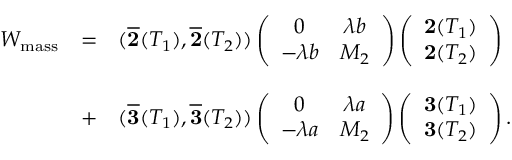
\begin{array} { c c l } { { W _ { \mathrm { m a s s } } } } & { { = } } & { { ( \overline { { { { \bf 2 } } } } ( T _ { 1 } ) , \overline { { { { \bf 2 } } } } ( T _ { 2 } ) ) \left( \begin{array} { c c } { { 0 } } & { { \lambda b } } \\ { { - \lambda b } } & { { M _ { 2 } } } \end{array} \right) \left( \begin{array} { c } { { { \bf 2 } ( T _ { 1 } ) } } \\ { { { \bf 2 } ( T _ { 2 } ) } } \end{array} \right) } } \\ { { } } & { { } } & { { } } \\ { { } } & { { + } } & { { ( \overline { { { { \bf 3 } } } } ( T _ { 1 } ) , \overline { { { { \bf 3 } } } } ( T _ { 2 } ) ) \left( \begin{array} { c c } { { 0 } } & { { \lambda a } } \\ { { - \lambda a } } & { { M _ { 2 } } } \end{array} \right) \left( \begin{array} { c } { { { \bf 3 } ( T _ { 1 } ) } } \\ { { { \bf 3 } ( T _ { 2 } ) } } \end{array} \right) . } } \end{array}